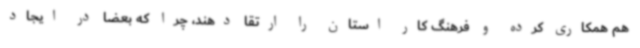
هم همکاری کرده و فرهنگ کار استان را ارتقا دهند، چرا که بعضا در ایجاد